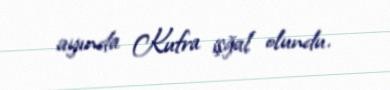
ayında Kufra işğal olundu.